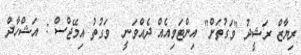
ރިޔާޒް ރަޝީދު "ވަގުތަށް" އިންޓަވިއެއް ދެއްވަނީ  ވަގުތު އިމޭޖްސް : އަޝްހާދް